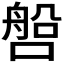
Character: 𰈧